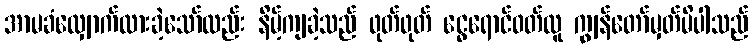
အာမခံလျှောက်ထားခဲ့သော်လည်း နိမ့်ကျခဲ့သည် ဖုတ်ဖုတ် ငွေရောင်ဝတ်လူ ကျွန်တော်မှတ်မိပါသည်